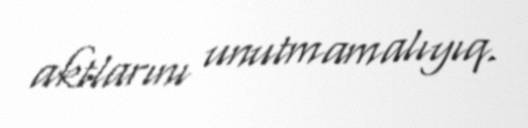
aktlarını unutmamalıyıq.